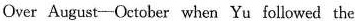
Over Asugust—October when Yu followed the